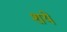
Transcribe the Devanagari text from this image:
शये